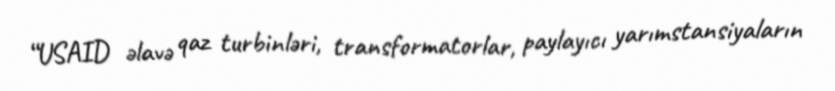
“USAID əlavə qaz turbinləri, transformatorlar, paylayıcı yarımstansiyaların